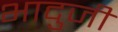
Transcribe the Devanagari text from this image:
भादुजी